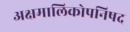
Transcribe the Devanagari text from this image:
अक्षमालिकोपनिषद